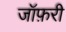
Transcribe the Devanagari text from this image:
जॉफ़री